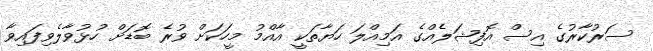
ސަރުކާރުގެ އިސް އޮފިޝަލެއްގެ އަމިއްލަ ހަޔާތަކީ އާއްމު މީހަކަށް ވުރެ ބޮޑަށް ހުޅުވާލެވިފައިވާ